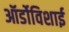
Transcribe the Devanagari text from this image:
ऑर्डोविशाई